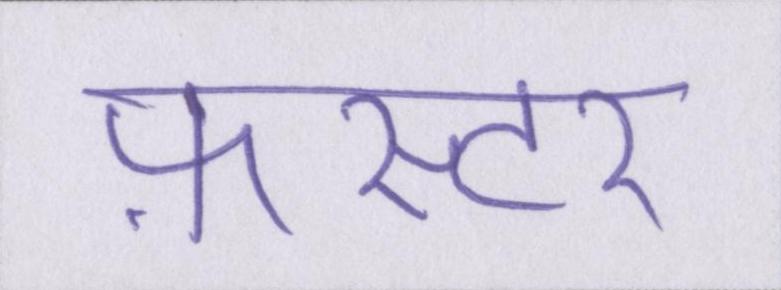
फ़ास्टर